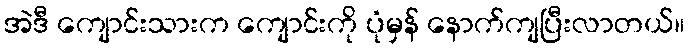
အဲဒီ ကျောင်းသားက ကျောင်းကို ပုံမှန် နောက်ကျပြီးလာတယ်။